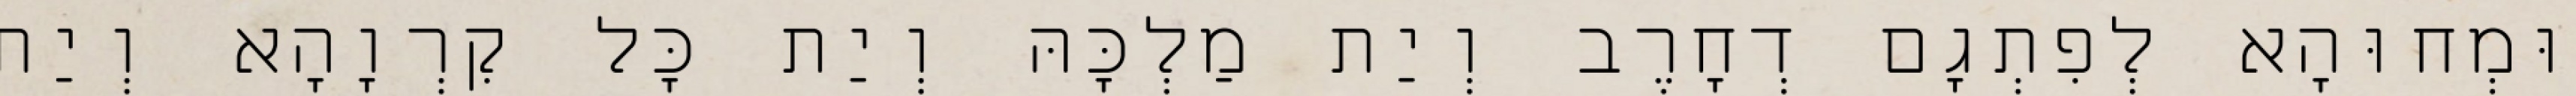
וּמְחוּהָא לְפִתְגָם דְחָרֶב וְיַת מַלְכָּהּ וְיַת כָּל קִרְוָהָא וְיַת